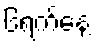
၆ရက်နေ့